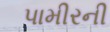
પામીરની